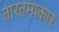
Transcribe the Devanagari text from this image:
तारतम्यकार